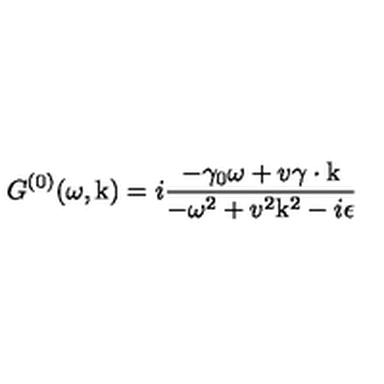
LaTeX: G ^ { ( 0 ) } ( \omega , \mathrm { \boldmath k } ) = i \frac { - \gamma _ { 0 } \omega + v \mathrm { \boldmath \gamma \cdot k } } { - \omega ^ { 2 } + v ^ { 2 } \mathrm { \boldmath k } ^ { 2 } - i \epsilon }